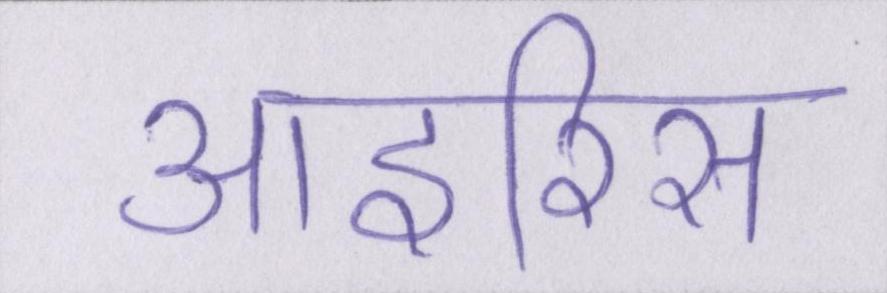
आइरिस